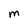
Character: m